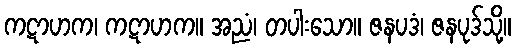
ကဋာဟက၊ ကဋာဟက။ အညံ၊ တပါးသော။ ဇနပဒံ၊ ဇနပုဒ်သို့။